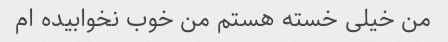
من خیلی خسته هستم من خوب نخوابیده ام